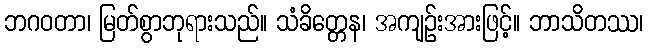
ဘဂဝတာ၊ မြတ်စွာဘုရားသည်။ သံခိတ္တေန၊ အကျဉ်းအားဖြင့်။ ဘာသိတဿ၊